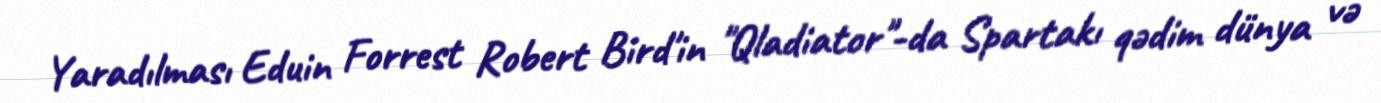
Yaradılması Eduin Forrest Robert Bird'in "Qladiator"-da Spartakı qədim dünya və